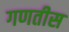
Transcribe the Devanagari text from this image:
गणतीस